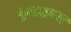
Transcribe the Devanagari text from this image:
द्वाराक्रय